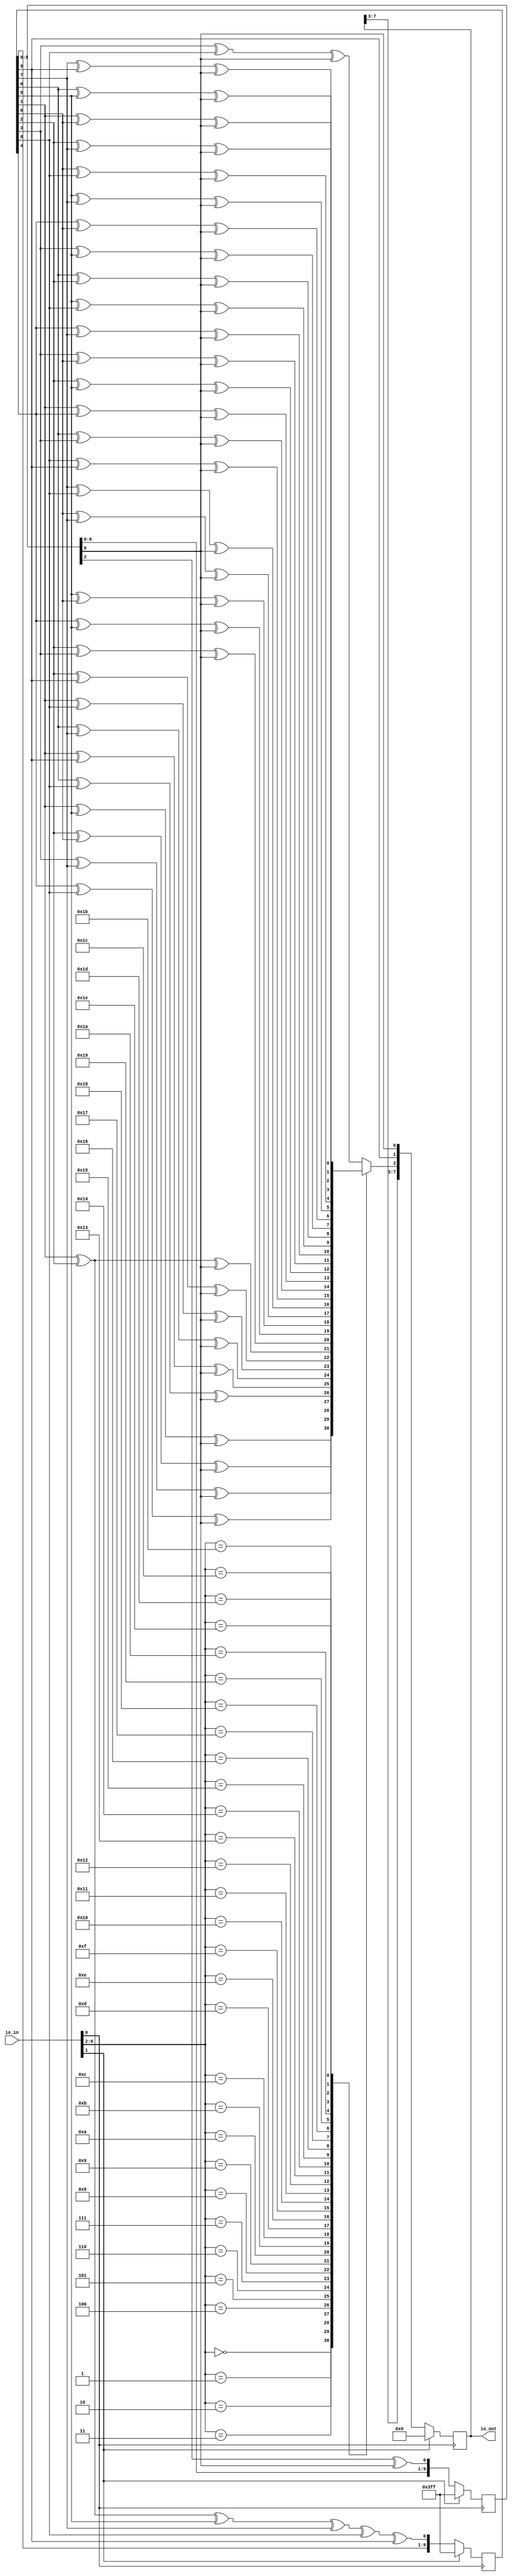
/* Generated by Yosys 0.19+25 (git sha1 d4875ceae, clang 10.0.0-4ubuntu1 -fPIC -Os) */

module user_module_341342096033055316(io_in, io_out);
  reg \$auto$verilog_backend.cc:2083:dump_module$1  = 0;
  wire \$1 ;
  wire \$101 ;
  wire \$103 ;
  wire \$105 ;
  wire \$107 ;
  wire \$109 ;
  wire \$11 ;
  wire \$111 ;
  wire \$113 ;
  wire \$115 ;
  wire \$117 ;
  wire \$119 ;
  wire \$121 ;
  wire \$123 ;
  wire \$125 ;
  wire \$127 ;
  wire \$129 ;
  wire \$13 ;
  wire \$131 ;
  wire \$133 ;
  wire \$135 ;
  wire \$137 ;
  wire \$139 ;
  wire \$15 ;
  wire \$17 ;
  wire \$19 ;
  wire \$21 ;
  wire \$23 ;
  wire \$25 ;
  wire \$27 ;
  wire \$29 ;
  wire \$3 ;
  wire \$31 ;
  wire \$33 ;
  wire \$35 ;
  wire \$37 ;
  wire \$39 ;
  wire \$41 ;
  wire \$43 ;
  wire \$45 ;
  wire \$47 ;
  wire \$49 ;
  wire \$5 ;
  wire \$51 ;
  wire \$53 ;
  wire \$55 ;
  wire \$57 ;
  wire \$59 ;
  wire \$61 ;
  wire \$63 ;
  wire \$65 ;
  wire \$67 ;
  wire \$69 ;
  wire \$7 ;
  wire \$71 ;
  wire \$73 ;
  wire \$75 ;
  wire \$77 ;
  wire \$79 ;
  wire \$81 ;
  wire \$83 ;
  wire \$85 ;
  wire \$87 ;
  wire \$89 ;
  wire \$9 ;
  wire \$91 ;
  wire \$93 ;
  wire \$95 ;
  wire \$97 ;
  wire \$99 ;
  wire clk;
  reg [9:0] g1 = 10'h3ff;
  reg [9:0] \g1$next ;
  reg [9:0] g2 = 10'h3ff;
  reg [9:0] \g2$next ;
  input [7:0] io_in;
  wire [7:0] io_in;
  output [7:0] io_out;
  reg [7:0] io_out = 8'h00;
  reg [7:0] \io_out$next ;
  wire [31:0] prns;
  wire rst;
  assign \$9  = \$7  ^ g2[8];
  assign \$99  = \$97  ^ g1[9];
  assign \$101  = g2[0] ^ g2[2];
  assign \$103  = \$101  ^ g1[9];
  assign \$105  = g2[3] ^ g2[5];
  assign \$107  = \$105  ^ g1[9];
  assign \$109  = g2[4] ^ g2[6];
  assign \$111  = \$109  ^ g1[9];
  assign \$113  = g2[5] ^ g2[7];
  assign \$115  = \$113  ^ g1[9];
  assign \$117  = g2[6] ^ g2[8];
  assign \$11  = \$9  ^ g2[9];
  assign \$119  = \$117  ^ g1[9];
  assign \$121  = g2[7] ^ g2[9];
  assign \$123  = \$121  ^ g1[9];
  assign \$125  = g2[0] ^ g2[5];
  assign \$127  = \$125  ^ g1[9];
  assign \$129  = g2[1] ^ g2[6];
  assign \$131  = \$129  ^ g1[9];
  assign \$133  = g2[2] ^ g2[7];
  assign \$135  = \$133  ^ g1[9];
  assign \$137  = g2[3] ^ g2[8];
  assign \$13  = g2[1] ^ g2[5];
  assign \$139  = \$137  ^ g1[9];
  always @(posedge clk)
    g1 <= \g1$next ;
  always @(posedge clk)
    io_out <= \io_out$next ;
  always @(posedge clk)
    g2 <= \g2$next ;
  assign \$15  = \$13  ^ g1[9];
  assign \$17  = g2[2] ^ g2[6];
  assign \$1  = g1[2] ^ g1[9];
  assign \$19  = \$17  ^ g1[9];
  assign \$21  = g2[3] ^ g2[7];
  assign \$23  = \$21  ^ g1[9];
  assign \$25  = g2[4] ^ g2[8];
  assign \$27  = \$25  ^ g1[9];
  assign \$29  = g2[0] ^ g2[8];
  assign \$31  = \$29  ^ g1[9];
  assign \$33  = g2[1] ^ g2[9];
  assign \$35  = \$33  ^ g1[9];
  assign \$37  = g2[0] ^ g2[7];
  assign \$3  = g2[1] ^ g2[2];
  assign \$39  = \$37  ^ g1[9];
  assign \$41  = g2[1] ^ g2[8];
  assign \$43  = \$41  ^ g1[9];
  assign \$45  = g2[2] ^ g2[9];
  assign \$47  = \$45  ^ g1[9];
  assign \$49  = g2[1] ^ g2[2];
  assign \$51  = \$49  ^ g1[9];
  assign \$53  = g2[2] ^ g2[3];
  assign \$55  = \$53  ^ g1[9];
  assign \$57  = g2[4] ^ g2[5];
  assign \$5  = \$3  ^ g2[5];
  assign \$59  = \$57  ^ g1[9];
  assign \$61  = g2[5] ^ g2[6];
  assign \$63  = \$61  ^ g1[9];
  assign \$65  = g2[6] ^ g2[7];
  assign \$67  = \$65  ^ g1[9];
  assign \$69  = g2[7] ^ g2[8];
  assign \$71  = \$69  ^ g1[9];
  assign \$73  = g2[8] ^ g2[9];
  assign \$75  = \$73  ^ g1[9];
  assign \$77  = g2[0] ^ g2[3];
  assign \$7  = \$5  ^ g2[7];
  assign \$79  = \$77  ^ g1[9];
  assign \$81  = g2[1] ^ g2[4];
  assign \$83  = \$81  ^ g1[9];
  assign \$85  = g2[2] ^ g2[5];
  assign \$87  = \$85  ^ g1[9];
  assign \$89  = g2[3] ^ g2[6];
  assign \$91  = \$89  ^ g1[9];
  assign \$93  = g2[4] ^ g2[7];
  assign \$95  = \$93  ^ g1[9];
  assign \$97  = g2[5] ^ g2[8];
  always @* begin
    if (\$auto$verilog_backend.cc:2083:dump_module$1 ) begin end
    \g1$next  = { g1[8:0], \$1  };
    casez (rst)
      1'h1:
          \g1$next  = 10'h3ff;
    endcase
  end
  always @* begin
    if (\$auto$verilog_backend.cc:2083:dump_module$1 ) begin end
    \io_out$next [7:3] = io_out[7:3];
    \io_out$next [0] = g1[9];
    \io_out$next [1] = g2[9];
    (* full_case = 32'd1 *)
    casez (io_in[6:2])
      5'h00:
          \io_out$next [2] = prns[0];
      5'h01:
          \io_out$next [2] = prns[1];
      5'h02:
          \io_out$next [2] = prns[2];
      5'h03:
          \io_out$next [2] = prns[3];
      5'h04:
          \io_out$next [2] = prns[4];
      5'h05:
          \io_out$next [2] = prns[5];
      5'h06:
          \io_out$next [2] = prns[6];
      5'h07:
          \io_out$next [2] = prns[7];
      5'h08:
          \io_out$next [2] = prns[8];
      5'h09:
          \io_out$next [2] = prns[9];
      5'h0a:
          \io_out$next [2] = prns[10];
      5'h0b:
          \io_out$next [2] = prns[11];
      5'h0c:
          \io_out$next [2] = prns[12];
      5'h0d:
          \io_out$next [2] = prns[13];
      5'h0e:
          \io_out$next [2] = prns[14];
      5'h0f:
          \io_out$next [2] = prns[15];
      5'h10:
          \io_out$next [2] = prns[16];
      5'h11:
          \io_out$next [2] = prns[17];
      5'h12:
          \io_out$next [2] = prns[18];
      5'h13:
          \io_out$next [2] = prns[19];
      5'h14:
          \io_out$next [2] = prns[20];
      5'h15:
          \io_out$next [2] = prns[21];
      5'h16:
          \io_out$next [2] = prns[22];
      5'h17:
          \io_out$next [2] = prns[23];
      5'h18:
          \io_out$next [2] = prns[24];
      5'h19:
          \io_out$next [2] = prns[25];
      5'h1a:
          \io_out$next [2] = prns[26];
      5'h1b:
          \io_out$next [2] = prns[27];
      5'h1c:
          \io_out$next [2] = prns[28];
      5'h1d:
          \io_out$next [2] = prns[29];
      5'h1e:
          \io_out$next [2] = prns[30];
      5'h??:
          \io_out$next [2] = prns[31];
    endcase
    casez (rst)
      1'h1:
          \io_out$next  = 8'h00;
    endcase
  end
  always @* begin
    if (\$auto$verilog_backend.cc:2083:dump_module$1 ) begin end
    \g2$next  = { g2[8:0], \$11  };
    casez (rst)
      1'h1:
          \g2$next  = 10'h3ff;
    endcase
  end
  assign prns[31] = \$139 ;
  assign prns[30] = \$135 ;
  assign prns[29] = \$131 ;
  assign prns[28] = \$127 ;
  assign prns[27] = \$123 ;
  assign prns[26] = \$119 ;
  assign prns[25] = \$115 ;
  assign prns[24] = \$111 ;
  assign prns[23] = \$107 ;
  assign prns[22] = \$103 ;
  assign prns[21] = \$99 ;
  assign prns[20] = \$95 ;
  assign prns[19] = \$91 ;
  assign prns[18] = \$87 ;
  assign prns[17] = \$83 ;
  assign prns[16] = \$79 ;
  assign prns[15] = \$75 ;
  assign prns[14] = \$71 ;
  assign prns[13] = \$67 ;
  assign prns[12] = \$63 ;
  assign prns[11] = \$59 ;
  assign prns[10] = \$55 ;
  assign prns[9] = \$51 ;
  assign prns[8] = \$47 ;
  assign prns[7] = \$43 ;
  assign prns[6] = \$39 ;
  assign prns[5] = \$35 ;
  assign prns[4] = \$31 ;
  assign prns[3] = \$27 ;
  assign prns[2] = \$23 ;
  assign prns[1] = \$19 ;
  assign prns[0] = \$15 ;
  assign rst = io_in[1];
  assign clk = io_in[0];
endmodule